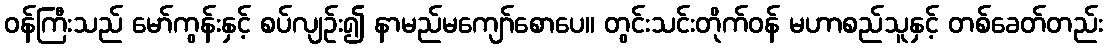
ဝန်ကြီးသည် မော်ကွန်းနှင့် စပ်လျဉ်း၍ နာမည်မကျော်စောပေ။ တွင်းသင်းတိုက်ဝန် မဟာစည်သူနှင့် တစ်ခေတ်တည်း